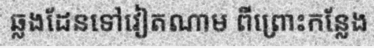
ឆ្លងដែនទៅវៀតណាម ពីព្រោះកន្លែង